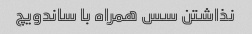
نذاشتن سس همراه با ساندویچ